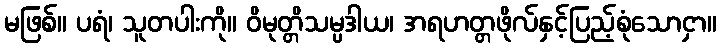
မဖြစ်။ ပရံ၊ သူတပါးကို။ ဝိမုတ္တိသမ္ပဒါယ၊ အရဟတ္တဖိုလ်နှင့်ပြည့်စုံသောငှာ။